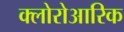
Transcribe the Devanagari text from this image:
क्लोरोआरिक